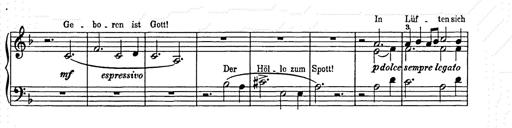
Title: Weihnachtsbaum
Composer: Franz Liszt